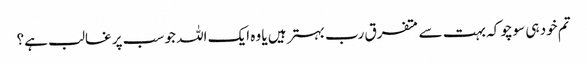
تم خود ہی سوچو کہ بہت سے متفرق رب بہتر ہیں یا وہ ایک اللہ جو سب پر غالب ہے؟